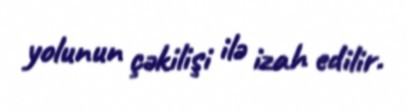
yolunun çəkilişi ilə izah edilir.